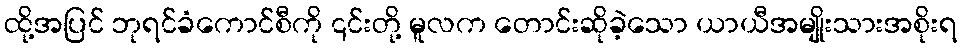
ထို့အပြင် ဘုရင်ခံကောင်စီကို ၎င်းတို့ မူလက တောင်းဆိုခဲ့သော ယာယီအမျိုးသားအစိုးရ